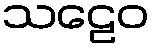
သဠေဝ